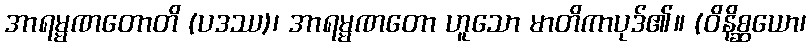
အာရမ္မဏတောတိ (ပဒဿ)၊ အာရမ္မဏတော ဟူသော မာတိကာပုဒ်၏။ (ဝိနိစ္ဆယော၊